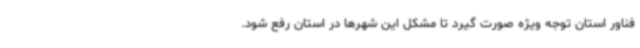
فناور استان توجه ویژه صورت گیرد تا مشکل این شهرها در استان رفع شود.